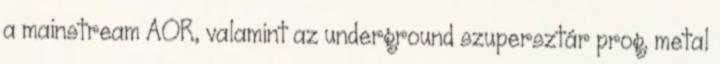
a mainstream AOR, valamint az underground szupersztár prog. metal